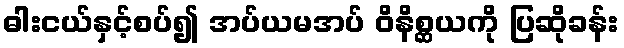
ဓါးငယ်နှင့်စပ်၍ အပ်ယမအပ် ဝိနိစ္ဆယကို ပြဆိုခန်း